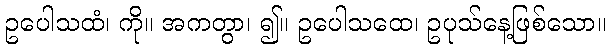
ဥပေါသထံ၊ ကို။ အကတွာ၊ ၍။ ဥပေါသထေ၊ ဥပုသ်နေ့ဖြစ်သော။